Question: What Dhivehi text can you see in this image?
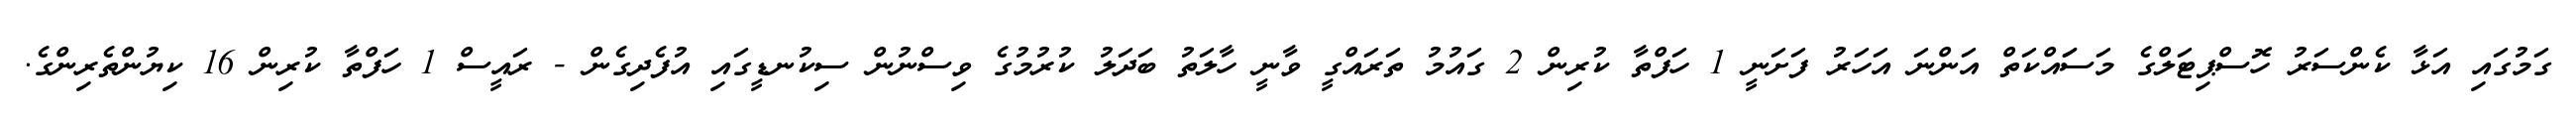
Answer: ގަމުގައި އަޅާ ކެންސަރު ހޮސްޕިޓަލްގެ މަސަައްކަތް އަންނަ އަހަރު ފަށަނީ 1 ހަފްތާ ކުރިން 2 ގައުމު ތަރައްގީ ވާނީ ހާލަތު ބަދަލު ކުރުމުގެ ވިސްނުން ސިކުނޑީގައި އުފެދިގެން - ރައީސް 1 ހަފްތާ ކުރިން 16 ކިޔުންތެރިންގެ.